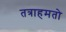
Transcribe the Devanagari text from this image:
तत्राहमतो